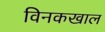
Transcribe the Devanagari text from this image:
विनकखाल